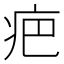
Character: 疤